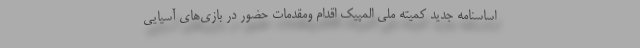
اساسنامه جدید کمیته ملی المپیک اقدام ومقدمات حضور در بازی‌های آسیایی